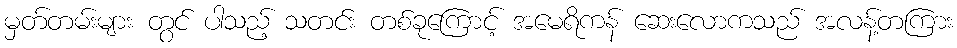
မှတ်တမ်းများ တွင် ပါသည့် သတင်း တစ်ခုကြောင့် အမေရိကန် ဆေးလောကသည် အလန့်တကြား